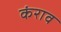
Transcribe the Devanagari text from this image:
कंराव